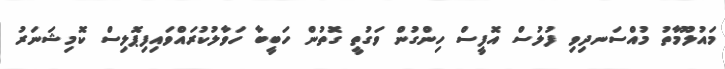
މައުލޫމާތު މުއްސަނދިވި ފުލުސް އޮފީސް ހިންގުން ވަގުތީ ގޮތުން ހަބީބާ ހަވާލުކުރައްވައިފިޕޮލިސް ކޮމިޝަނަރު